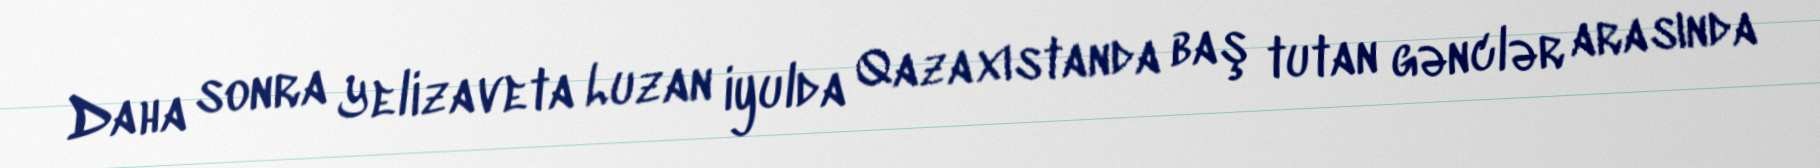
Daha sonra Yelizaveta Luzan iyulda Qazaxıstanda baş tutan gənclər arasında